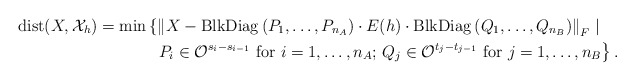
\begin{align*}{\rm dist}(X,\mathcal{X}_h) &= \min\left\{ \left\| X - {\rm BlkDiag}\left( P_1,\ldots,P_{n_A} \right) \cdot E(h) \cdot {\rm BlkDiag}\left( Q_1,\ldots,Q_{n_B} \right) \right\|_F \mid \right. \\&\qquad\quad\,\,\, \left. P_i \in \mathcal{O}^{s_i-s_{i-1}} \mbox{ for } i=1,\ldots,n_A; \, Q_j \in \mathcal{O}^{t_j-t_{j-1}} \mbox{ for } j=1,\ldots,n_B \right\}. \end{align*}